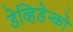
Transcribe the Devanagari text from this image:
डेव्हिडेन्को